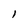
Character: l